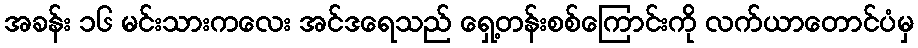
အခန်း ၁၆ မင်းသားကလေး အင်ဒရေသည် ရှေ့တန်းစစ်ကြောင်းကို လက်ယာတောင်ပံမှ